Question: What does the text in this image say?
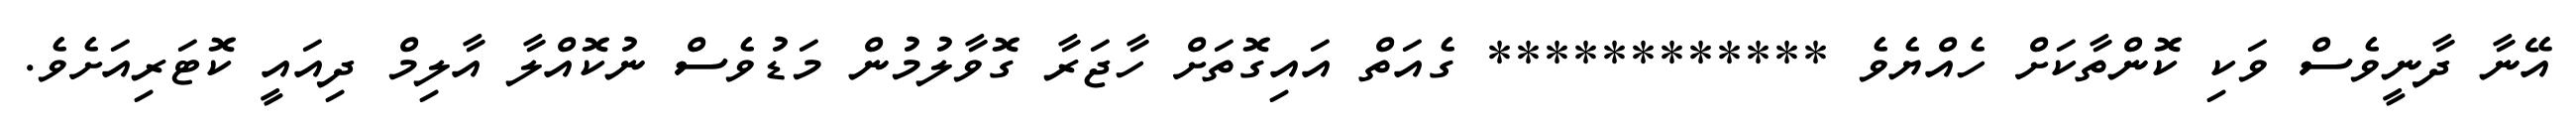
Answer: އޭނާ ދާނީވެސް ވަކި ކޮންތާކަށް ހެއްޔެވެ ************ ގެއަތް އައިގޮތަށް ހާޖަރާ ގޮވާލުމުން މަޑުވެސް ނުކޮއްލާ އާލިމް ދިއައީ ކޮޓަރިއަށެވެ.